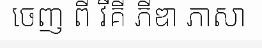
ចេញ ពី វីគី ភីឌា ភាសា